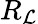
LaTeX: R_{\mathcal{L}}